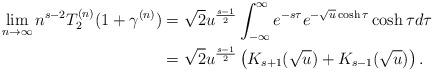
LaTeX: \begin{align*} \lim_{n \to \infty} n^{s -2} T_2^{(n)} (1 + \gamma^{(n)} ) & = \sqrt{2} u^{ \frac{s - 1}{2}} \int_{-\infty}^\infty e^{-s \tau} e^{- \sqrt{u} \cosh \tau} \cosh \tau d \tau \\ & = \sqrt{2 } u^{ \frac{s - 1}{2}} \left(K_{s + 1}(\sqrt{u}) + K_{s-1}(\sqrt{u})\right). \end{align*}